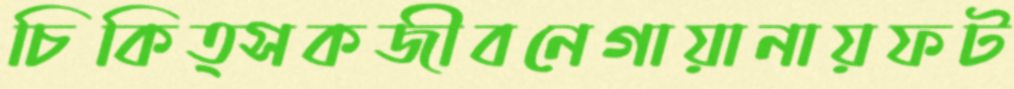
চিকিত্সকজীবনেগায়ানায়ফট